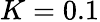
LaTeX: K=0.1